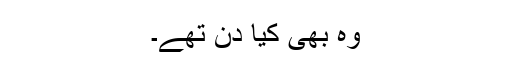
وہ بھی کیا دن تھے۔